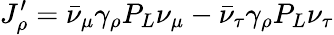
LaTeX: J_{\rho}^{\prime}=\bar{\nu}_{\mu}\gamma_{\rho}P_{L}\nu_{\mu}-\bar{\nu}_{\tau}\gamma_{\rho}P_{L}\nu_{\tau}